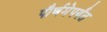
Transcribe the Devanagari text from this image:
पौर्णमेपर्यंत